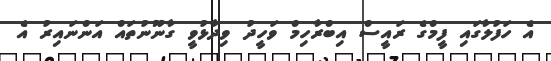
އެ ހަފުލާގައި ފީމްގެ ރައީސް އިބްރާހިމް ވަހީދު ވިދާޅުވީ ގާނޫނުތައް އަންނައިރު އެ